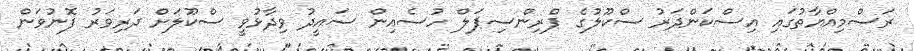
ރަސްމިއްޔާތުގައި އިސްކަންދަރު ސްކޫލުގެ ޕްރިންސިޕަލް ހުސެއިން ސައީދު ވިދާޅުވީ ސްކޫލަށް ދަރިވަރު ފޮނުވަން